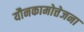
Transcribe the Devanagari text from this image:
यौनकामोत्तेजना